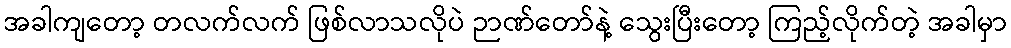
အခါကျတော့ တလက်လက် ဖြစ်လာသလိုပဲ ဉာဏ်တော်နဲ့ သွေးပြီးတော့ ကြည့်လိုက်တဲ့ အခါမှာ